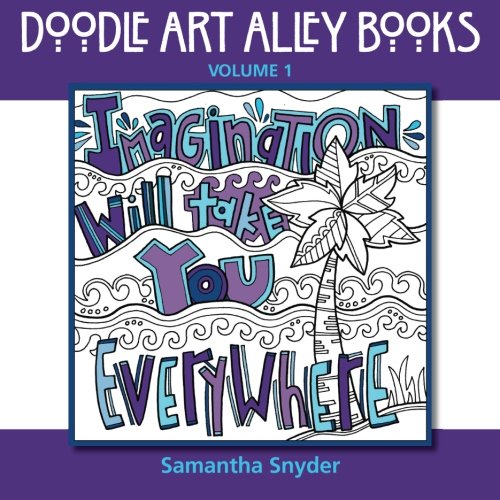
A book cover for Imagination Will Take You Everywhere (Doodle Art Alley Books) (Volume 1); Samantha Snyder; Crafts, Hobbies & Home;